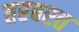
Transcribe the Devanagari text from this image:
तरबरत